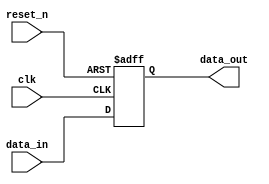
module Register(
    input wire clk,
    input wire reset_n,
    input wire data_in,
    output reg data_out
);

reg data;

always @(posedge clk or negedge reset_n)
begin
    if(~reset_n)
        data <= 1'b0;
    else
        data <= data_in;
end

assign data_out = data;

endmodule